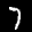
Label: 7